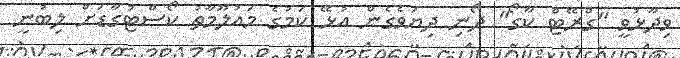
ވިދާޅުވީ "ގްރޭޓް ކާގޯ" ދޯނި ދިޔަވެގެން އުޅޭ ކަމުގެ މައުލޫމާތު ކޯސްޓުގާޑަށް ލިބުނީ